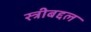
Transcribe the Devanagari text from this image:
स्त्रीबद्दल